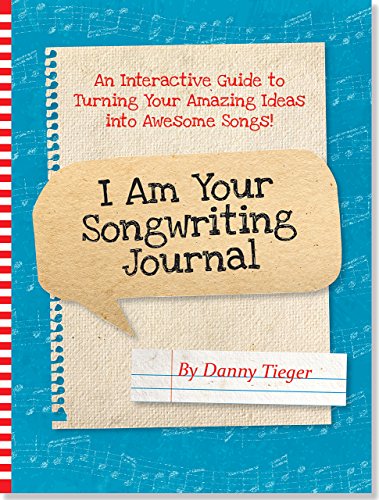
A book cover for I Am Your Songwriting Journal -- Turn Your Amazing Ideas into Awesome Songs!; Danny Tieger; Teen & Young Adult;